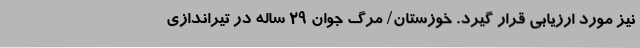
نیز مورد ارزیابی قرار گیرد. خوزستان/ مرگ جوان ۲۹ ساله در تیراندازی